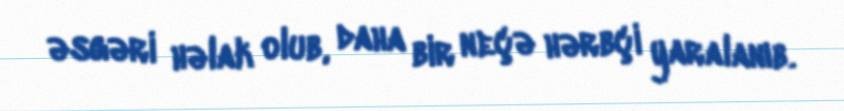
əsgəri həlak olub, daha bir neçə hərbçi yaralanıb.